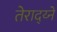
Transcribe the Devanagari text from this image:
तेराद्य्ने